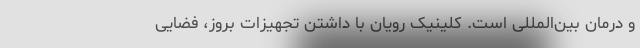
و درمان بین‌المللی است. کلینیک رویان با داشتن تجهیزات بروز، فضایی